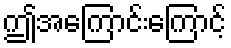
ဤအကြောင်းကြောင့်